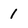
Character: 1